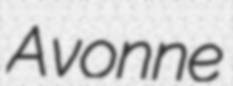
Avonne